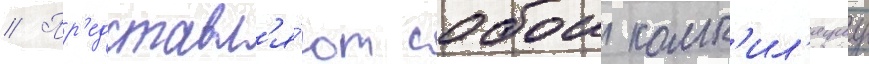
// Пр'едставл'я́ют собои комп'ил'яциу